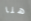
هنا